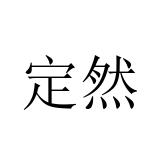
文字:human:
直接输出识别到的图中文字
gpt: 定然